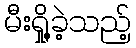
မီးရှို့ခဲ့သည့်